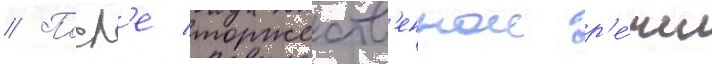
// Посл'е торжеств'еннои р'е́чи